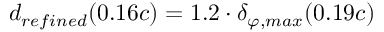
{ d _ { r e f i n e d } ( 0 . 1 6 c ) = 1 . 2 \cdot \delta _ { \varphi , m a x } ( 0 . 1 9 c ) }